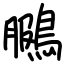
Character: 鵩